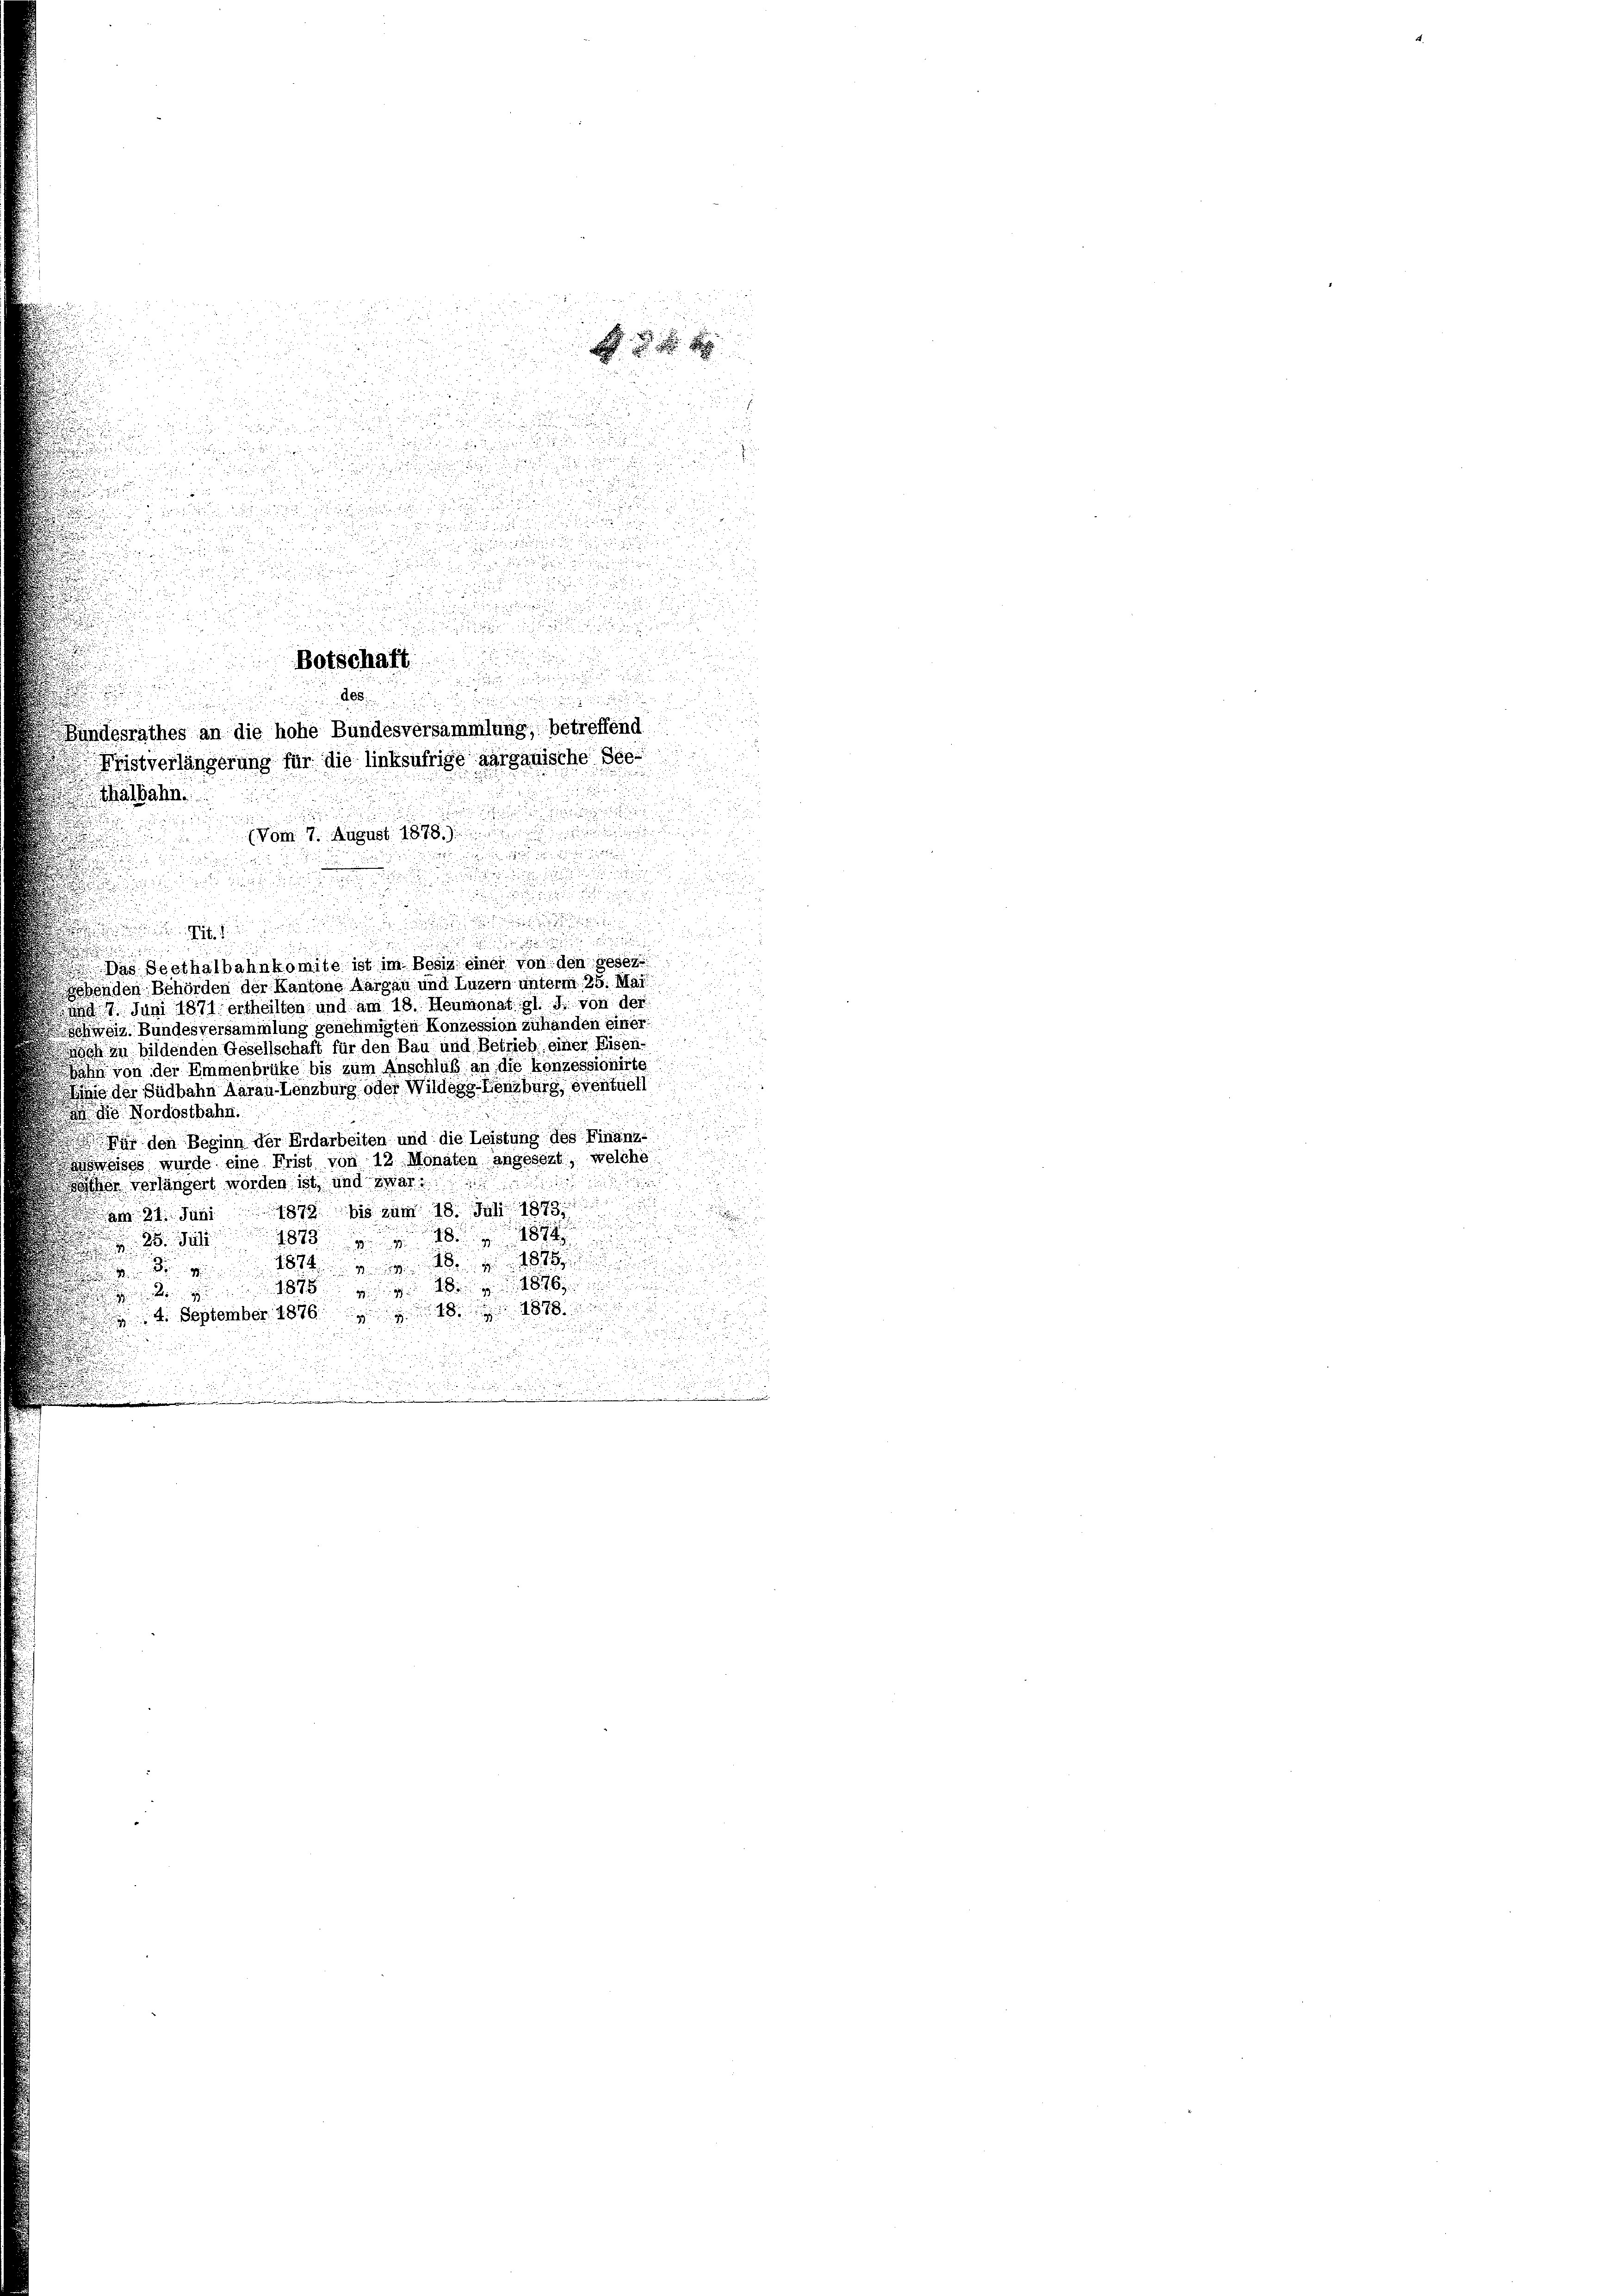
albahn.

Botschaft
205.

u

.
Bundesrathes an die hohe Bundesversammlung, betreffend
2
Pristverlängerung für die linksufrige aarganische See
e

.

.

.
(vom 7. August 1878.)

u

.

u
u
d

u
Tit. 1

a
Das Seethalbahnkomite ist im Besiz einer von den geset
7
ebenden Behörden der Kantone Aargau und Luzern unterm 25. Mai
t 9. Juni 1871 ertheilten und am 18. Heumonat l. J. von der
schweiz. Bundesversammlung genehmigten Konzession zuhänden einer
ich in bildenden Gesellschaft für den Bau und Betrieb einer Eisen-
ahn von der Ammenbrüke bis zum Anschluß an die konzessionirte
nie der Südbahn Aarau Lenzburg oder Wilderg-Kenzburg eventuell
 die Nordostbahn.
Für den Beginn der Erdarbeiten und die Leistung des Finanz-
anweises wurde eine Frist von 12 Monaten angesezt, welche

öcher verlängert worden ist, und zwar
1879 bis zum 18. Juli 1899
am 24. Ja
F

1878. 19
28. J
 d 1844 u. v. 18. v. 1819

8
 4. September 1876. 18. 1888